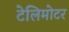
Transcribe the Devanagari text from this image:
टेलिमोटर